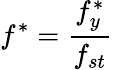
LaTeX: f^{*}=\frac{f_{y}^{*}}{f_{st}}